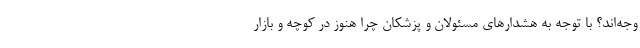
وجه‌اند؟ با توجه به هشدارهای مسئولان و پزشکان چرا هنوز در کوچه و بازار